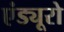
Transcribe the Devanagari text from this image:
एंड्यूरो